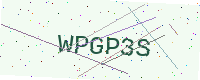
Text: WPGP3S